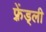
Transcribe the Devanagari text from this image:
फ़्रेंड्ली